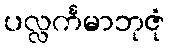
ပလ္လင်္ကမာဘုဇုံ